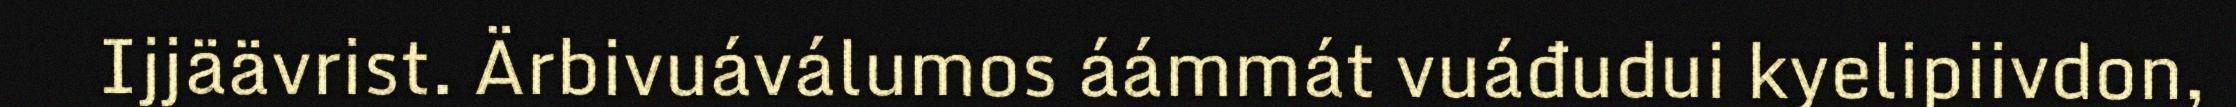
Ijjäävrist. Ärbivuáválumos áámmát vuáđudui kyelipiivdon,